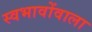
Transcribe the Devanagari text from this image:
स्वभावोंवाला